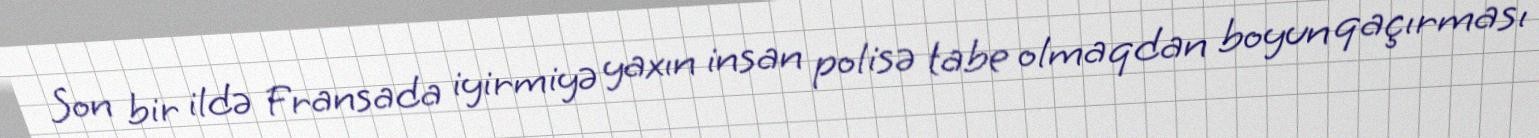
Son bir ildə Fransada iyirmiyə yaxın insan polisə tabe olmaqdan boyun qaçırması